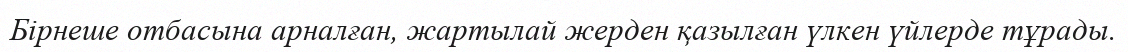
Бірнеше отбасына арналған, жартылай жерден қазылған үлкен үйлерде тұрады.